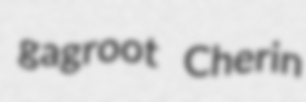
gagroot Cherin